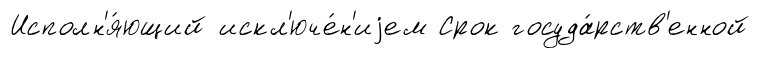
Исполн'я́ющий искл'юче́н'иjем Срок госуда́рств'енной